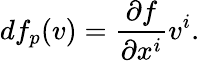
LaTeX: df_{p}(v)={\frac{\partial f}{\partial x^{i}}}v^{i}.